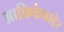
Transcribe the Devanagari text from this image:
आफ्रिकेबाहेर